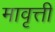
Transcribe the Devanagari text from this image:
मावृत्ती